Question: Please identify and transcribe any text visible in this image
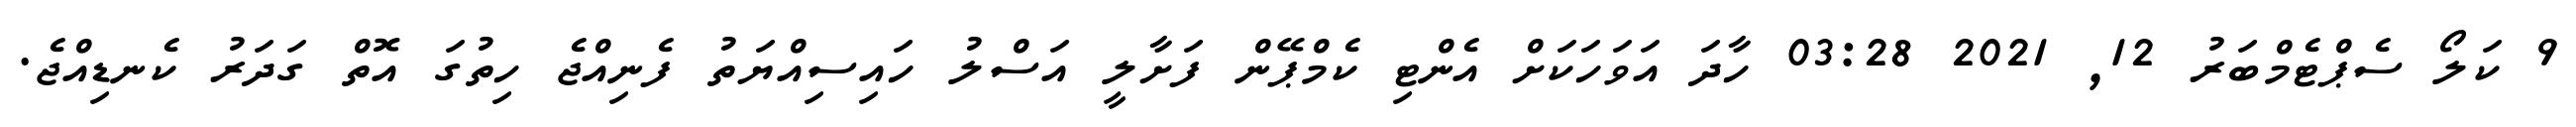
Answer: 9 ކަލޯ ސެޕްޓެމްބަރު 12, 2021 03:28 ހާދަ އަވަހަކަށް އެންޓި ކެމްޕޭން ފަށާލީ އަސްލު ހައިސިއްޔަތު ފެނިއްޖެ ހިތުގަ އޮތް ގަދަރު ކެނޑިއްޖެ.